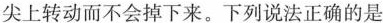
尖上转动而不会掉下来。下列说法正确的是